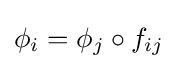
\phi _{i}=\phi _{j}\circ f_{ij}